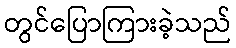
တွင်ပြောကြားခဲ့သည်